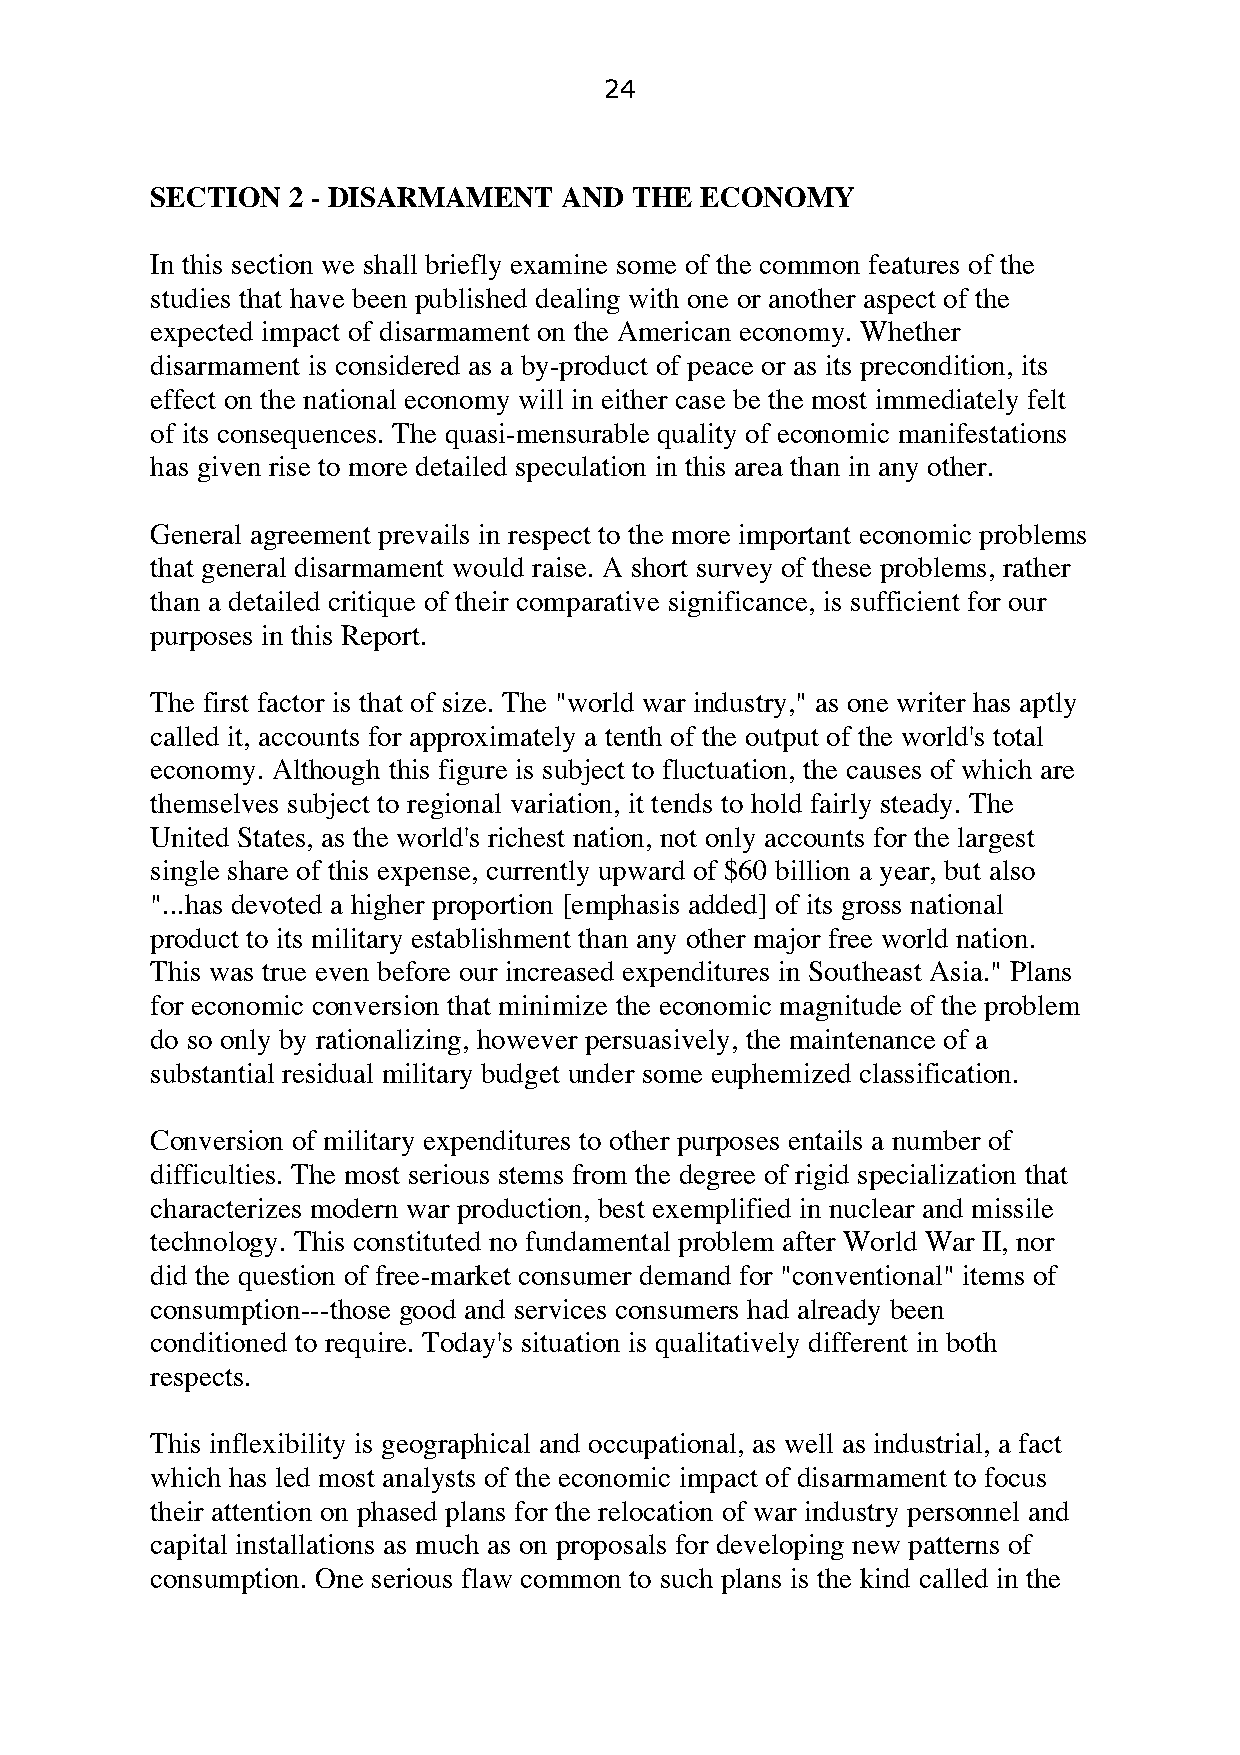
24
 SECTION  2 - DISARMAMENT   AND  THE ECONOMY
 In this section we shall briefly examine some of the common features of the
 studies that have been published dealing with one or another aspect of the
 expected impact of disarmament on the American economy. Whether
 disarmament is considered as a by-product of peace or as its precondition, its
 effect on the national economy will in either case be the most immediately felt
 of its consequences. The quasi-mensurable quality of economic manifestations
 has given rise to more detailed speculation in this area than in any other.
 General agreement prevails in respect to the more important economic problems
 that general disarmament would raise. A short survey of these problems, rather
 than a detailed critique of their comparative significance, is sufficient for our
 purposes in this Report.
 The first factor is that of size. The "world war industry," as one writer has aptly
 called it, accounts for approximately a tenth of the output of the world's total
 economy. Although this figure is subject to fluctuation, the causes of which are
 themselves subject to regional variation, it tends to hold fairly steady. The
 United States, as the world's richest nation, not only accounts for the largest
 single share of this expense, currently upward of $60 billion a year, but also
 "...has devoted a higher proportion [emphasis added] of its gross national
 product to its military establishment than any other major free world nation.
 This was true even before our increased expenditures in Southeast Asia." Plans
 for economic conversion that minimize the economic magnitude of the problem
 do so only by rationalizing, however persuasively, the maintenance of a
 substantial residual military budget under some euphemized classification.
 Conversion of military expenditures to other purposes entails a number of
 difficulties. The most serious stems from the degree of rigid specialization that
 characterizes modern war production, best exemplified in nuclear and missile
 technology. This constituted no fundamental problem after World War II, nor
 did the question of free-market consumer demand for "conventional" items of
 consumption---those good and services consumers had already been
 conditioned to require. Today's situation is qualitatively different in both
 respects.
 This inflexibility is geographical and occupational, as well as industrial, a fact
 which has led most analysts of the economic impact of disarmament to focus
 their attention on phased plans for the relocation of war industry personnel and
 capital installations as much as on proposals for developing new patterns of
 consumption. One serious flaw common to such plans is the kind called in the